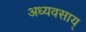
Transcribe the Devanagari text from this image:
अध्यवसाय्